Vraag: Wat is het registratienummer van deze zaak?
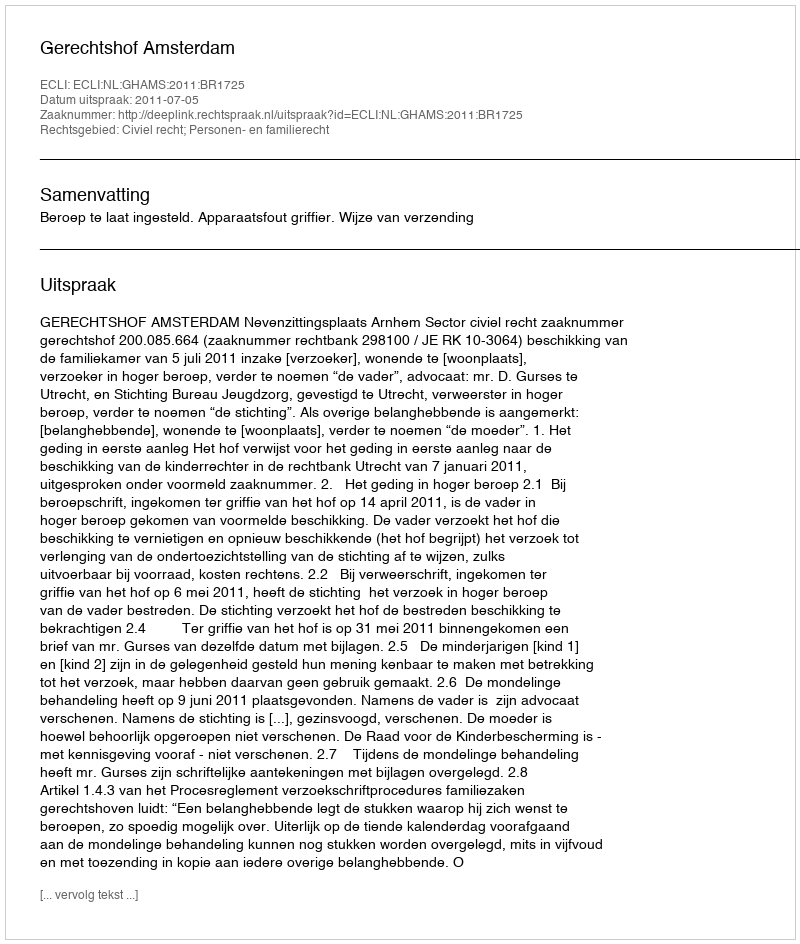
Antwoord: http://deeplink.rechtspraak.nl/uitspraak?id=ECLI:NL:GHAMS:2011:BR1725